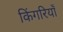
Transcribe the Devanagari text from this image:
किंगरियाँ